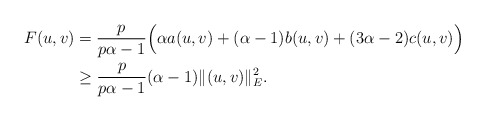
\begin{align*}F(u,v)&=\frac{p}{p\alpha-1}\Big(\alpha a(u,v)+(\alpha-1)b(u,v)+(3\alpha-2)c(u,v)\Big)\\&\geq\frac{p}{p\alpha-1}(\alpha-1)\|(u,v)\|_{E}^{2}.\end{align*}